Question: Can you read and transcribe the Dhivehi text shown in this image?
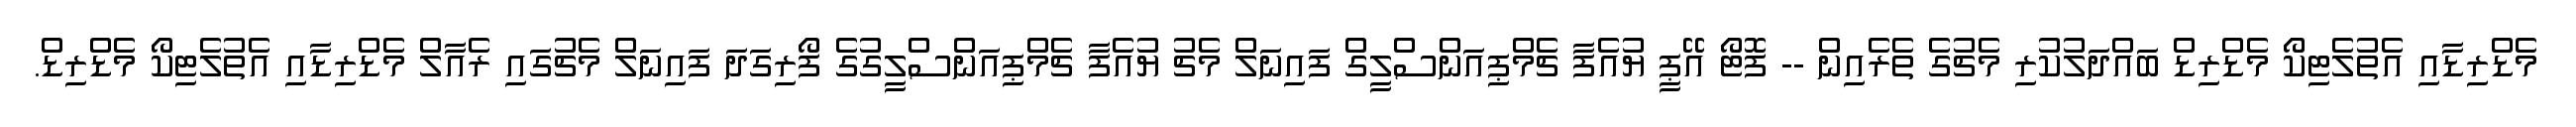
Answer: މެޑްރިޑާއި އެތުލެޓިކޯ މެޑްރިޑް ބައްދަލުކުރި މެޗުގެ ތެރެއިން -- ފޮޓޯ އޭޕީ ޔުއެފާ ޗެމްޕިއަންސްލީގް ފައިނަލް މެޗު ޔުއެފާ ޗެމްޕިއަންސްލީގުގެ ފޯރިގަދަ ފައިނަލް މެޗުގައި ރެއާލް މެޑްރިޑާއި އެތުލެޓިކޯ މެޑްރިޑް.